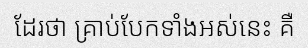
ដែរថា គ្រាប់បែកទាំងអស់នេះ គឺ